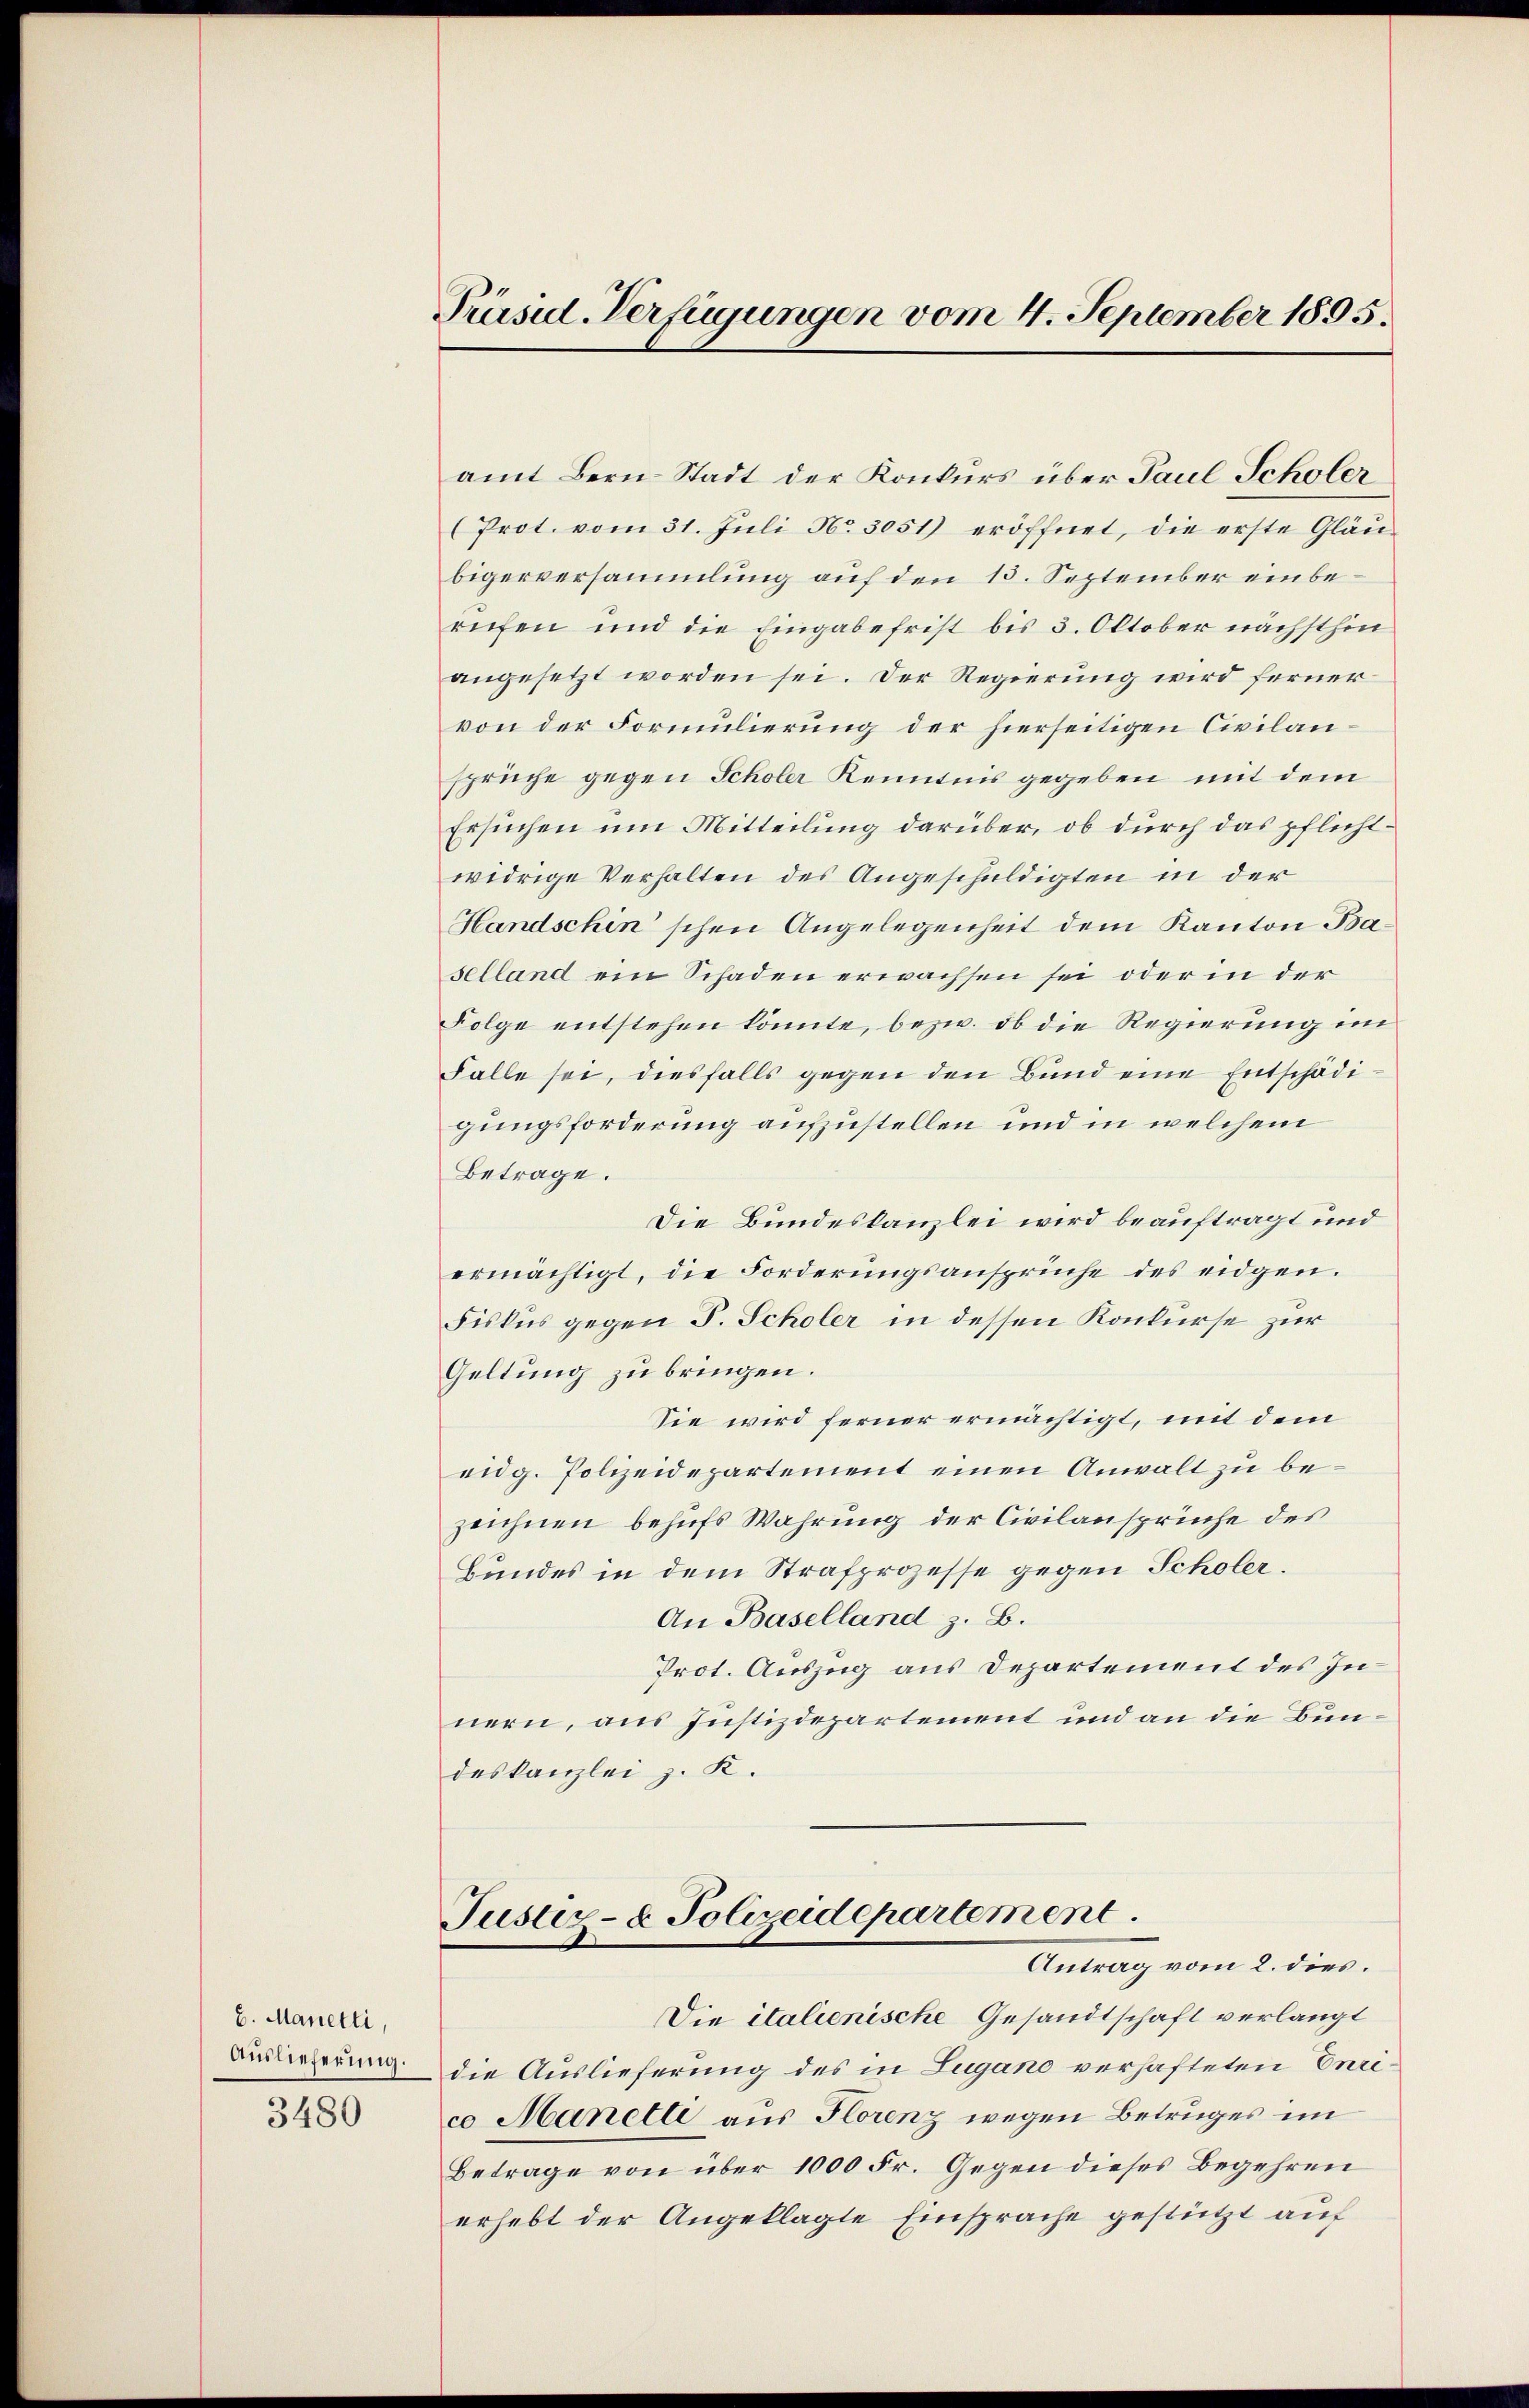
6. Manetti,
Auslieferung.
3480

Präsid. Verfügungen vom 4. September 1895.

amt Bern Stadt der Konkurs über Paul Scholer
(Prot. vom 31. Juli No 3051) eröffnet, die erste Gläu-
bigerversammlung auf den 13. September einberufen und die Eingabefrist bis 3. Oktober nächsthin
angesetzt worden sei. Der Regierung wird ferner
von der Formulierung der hierseitigen Civilansprüche gegen Scholer Kenntnis gegeben mit dem
Ersuchen um Mitteilung darüber, ob durch das pflichtwidrige Verhalten des Angeschuldigten in der
Handschin schen Angelegenheit dem Kanton Ba
selland ein Schaden erwachsen sei oder in der
Folge entstehen könnte, bezw. ob die Regierung im
Falle sei, diesfalls gegen den Bund eine Entschädigungsforderung aufzustellen und in welchem
Betrage.
Die Bundeskanzlei wird beauftragt und
ermächtigt, die Forderungsansprüche des eidgen.
Fiskus gegen S. Scholer in dessen Konkurse zur
Geltung zu bringen.
Sie wird ferner ermächtigt, mit dem
eidg. Polizeidepartement einen Anwalt zu bezeichnen behufs Wahrung der Civilansprüche des
Bundes in dem Strafprozesse gegen Scholer.
An Baselland z. B.
Prot. Auszug aus Departement des Innern, aus Justizdepartement und an die Bundeskanzlei z. K.

die Auslieferung des in Lugano verhafteten Eurico Manelle aus Florenz wegen Betruges im
Betrage von über 1000 Fr. Gegen dieses Begehren
erhebt der Angeklagte Einsprache gestützt auf

Justiz- & Polizeidepartement.
Antrag vom 2. dies.
Die italienische Gesandtschaft verlangt